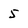
Character: 5